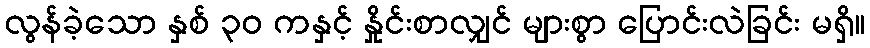
လွန်ခဲ့သော နှစ် ၃၀ ကနှင့် နှိုင်းစာလျှင် များစွာ ပြောင်းလဲခြင်း မရှိ။